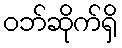
ဝဘ်ဆိုက်ရှိ